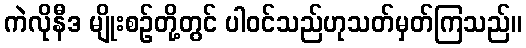
ကဲလိုနီဒ မျိုးစဉ်တို့တွင် ပါဝင်သည်ဟုသတ်မှတ်ကြသည်။